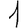
Digit: 1